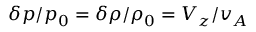
\delta p / p _ { 0 } = \delta \rho / \rho _ { 0 } = V _ { z } / v _ { A }